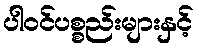
ပါဝင်ပစ္စည်းများနှင့်